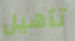
تأهيل